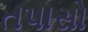
તપાસો